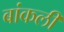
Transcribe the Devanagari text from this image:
बांकली